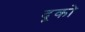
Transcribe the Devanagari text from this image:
दूको